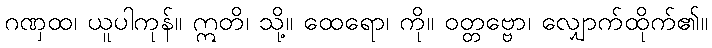
ဂဏှထ၊ ယူပါကုန်။ ဣတိ၊ သို့။ ထေရော၊ ကို။ ဝတ္တဗ္ဗော၊ လျှောက်ထိုက်၏။